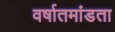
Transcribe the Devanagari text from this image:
वर्षातमांडता